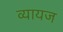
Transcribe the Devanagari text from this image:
व्‍यायज